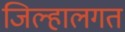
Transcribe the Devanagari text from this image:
जिल्हालगत